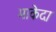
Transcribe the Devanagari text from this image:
माकेदा